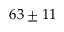
6 3 \pm 1 1